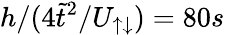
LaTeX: h/(4\tilde{t}^{2}/U_{\uparrow\downarrow})=80s